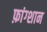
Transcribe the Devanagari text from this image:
फ़ांग्शान